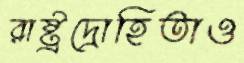
রাষ্ট্রদ্রোহিতাও